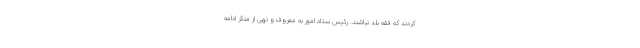
‌کردند که فقه بلد نباشند. رئیس ستاد امور به معروف و نهی از منکر ادامه